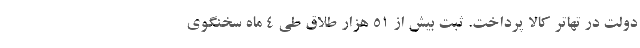
دولت در تهاتر کالا پرداخت. ثبت بیش از ۵۱ هزار طلاق طی ۴ ماه سخنگوی